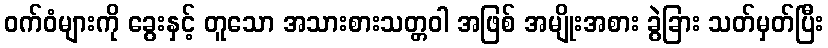
ဝက်ဝံများကို ခွေးနှင့် တူသော အသားစားသတ္တဝါ အဖြစ် အမျိုးအစား ခွဲခြား သတ်မှတ်ပြီး